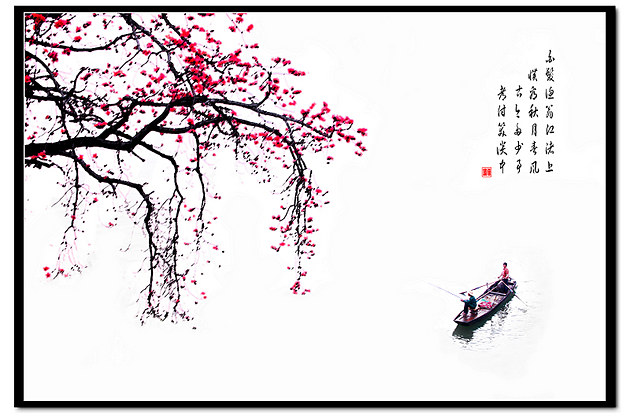
古今多少事，都付笑谈中。